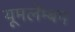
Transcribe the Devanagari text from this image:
यूमलेम्बम